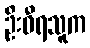
ဦးဝီရသူက